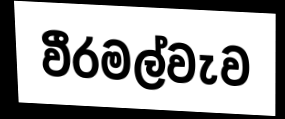
වීරමල්වැව